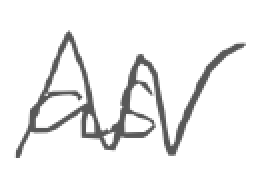
Text: as
Cross-out: mix
Writing tool: digital_gray